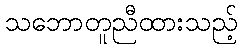
သဘောတူညီထားသည့်